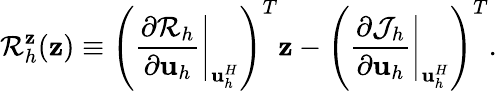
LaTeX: \mathcal{R}_{h}^{\mathbf{z}}(\mathbf{z})\equiv\left(\left.\frac{\partial\mathcal R_{h}}{\partial\mathbf{u}_{h}}\right|_{\mathbf{u}_{h}^{H}}\right)^{T}\mathbf{z}-\left(\left.\frac{\partial\mathcal J_{h}}{\partial\mathbf{u}_{h}}\right|_{\mathbf{u}_{h}^{H}}\right)^{T}.